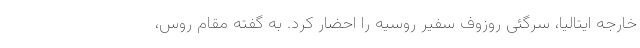
خارجه ایتالیا، سرگئی روزوف سفیر روسیه را احضار کرد. به گفته مقام روس،